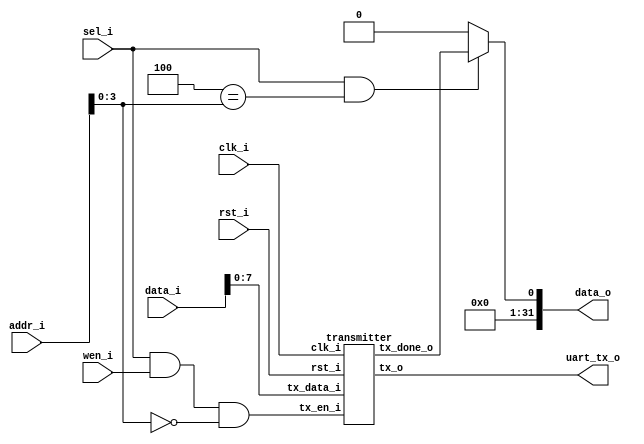
// This program was cloned from: https://github.com/necaticakaci/matrak
// License: MIT License

// Matrak M10 RV32I RISC-V Processor
// Glpare II Architechture 2023
// UART TX Module

module uart (
   input                clk_i,
   input                rst_i,
   input                sel_i,      // Seim sinyali
   input                wen_i,      // Yazma yetkilendirme
   input [31:0]         addr_i,     // Adres girii, ilemciden geliyor.
   input [31:0]         data_i,     // Veri girii, ilemciden geliyor.
   output [31:0]        data_o,     // Veri k, ilemciye gidiyor.
   output               uart_tx_o   // UART TX balants
);

   localparam UART_TRANSMIT_REG  = 4'h0;
   localparam UART_STATUS_REG    = 4'h4;

   wire done;

   // Kaydedici adresi zmleniyor.
   wire tx_sel       = (UART_TRANSMIT_REG == addr_i[3:0]);
   wire status_sel   = (UART_STATUS_REG == addr_i[3:0]);

   // Gnderilecek veri yazlyor. (gnderimi balat)
   wire tx_en     = sel_i & wen_i & tx_sel;

   // Durum okunuyor.
   wire status_en = sel_i & status_sel;

   assign data_o  = status_en ? {30'b0, done} : 31'b0;

   transmitter t1 (
      .clk_i(clk_i),
      .rst_i(rst_i),
      .tx_data_i(data_i[7:0]),
      .tx_en_i(tx_en),
      .tx_done_o(done),
      .tx_o(uart_tx_o)
   );

endmodule

module transmitter (
   input                clk_i,
   input                rst_i,
   input [7:0]          tx_data_i,
   input                tx_en_i,
   output reg           tx_done_o,
   output reg           tx_o
);

   localparam IDLE      = 2'b00;
   localparam START     = 2'b01;
   localparam TRANSMIT  = 2'b10;
   localparam DONE      = 2'b11;

   localparam CLKFREQ   = 50_000_000;
   localparam BAUD_RATE = 115200;

   localparam BAUD_DIV  = CLKFREQ/BAUD_RATE;

   reg [15:0] t_counter;
   reg [2:0] b_counter;

   reg [7:0] shr;

   reg [1:0] state;

   always @(posedge clk_i, posedge rst_i) begin
      if (rst_i) begin
         state       <= IDLE;
         t_counter   <= 0;
         b_counter   <= 0;
         shr         <= 8'b0;
         tx_done_o   <= 1'b1;
         tx_o        <= 1'b1;
      end else begin
         case (state)
            IDLE : begin
               b_counter   <= 0;
               tx_done_o   <= 1'b1;
               tx_o        <= 1'b1;
               if (tx_en_i) begin
                  tx_o     <= 1'b0;
                  shr      <= tx_data_i;
                  state    <= START;
               end else begin
                  state    <= IDLE;
               end
            end
            START : begin
               tx_done_o   <= 1'b0;
               if (t_counter == BAUD_DIV-1) begin
                  t_counter   <= 0;
                  shr[7]      <= shr[0];
                  shr[6:0]    <= shr[7:1];
                  tx_o        <= shr[0];
                  state       <= TRANSMIT;
               end else begin
                  t_counter   <= t_counter + 1;
               end
            end
            TRANSMIT : begin
               tx_done_o   <= 1'b0;
               if (b_counter == 7) begin
                  if (t_counter == BAUD_DIV-1) begin
                     t_counter   <= 0;
                     b_counter   <= 0;
                     tx_o        <= 1'b1;
                     state       <= DONE;
                  end else begin
                     t_counter   <= t_counter + 1;
                  end
               end else begin
                  if (t_counter == BAUD_DIV-1) begin
                     t_counter   <= 0;
                     b_counter   <= b_counter + 1;
                     shr[7]      <= shr[0];
                     shr[6:0]    <= shr[7:1];
                     tx_o        <= shr[0];
                  end else begin
                     t_counter   <= t_counter + 1;
                  end
               end
            end
            DONE : begin
               if (t_counter == BAUD_DIV-1) begin
                  t_counter   <= 0;
                  tx_done_o   <= 1'b1;
                  state       <= IDLE;
               end else begin
                  t_counter   <= t_counter + 1;
               end
            end
            default : state <= IDLE;
         endcase
      end
   end

endmodule